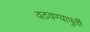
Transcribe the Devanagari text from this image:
वठवण्यापुर्ती